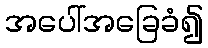
အပေါ်အခြေခံ၍